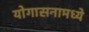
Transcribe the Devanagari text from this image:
योगासनामध्ये